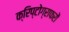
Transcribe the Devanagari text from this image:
क्रिप्टोग्राफरों